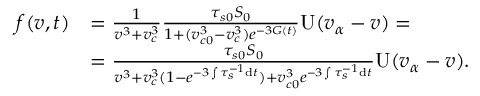
\begin{array} { r l } { f ( v , t ) } & { = \frac { 1 } { v ^ { 3 } + v _ { c } ^ { 3 } } \frac { \tau _ { s 0 } S _ { 0 } } { 1 + ( v _ { c 0 } ^ { 3 } - v _ { c } ^ { 3 } ) e ^ { - 3 G ( t ) } } \mathrm { U } ( v _ { \alpha } - v ) = } \\ & { = \frac { \tau _ { s 0 } S _ { 0 } } { v ^ { 3 } + v _ { c } ^ { 3 } ( 1 - e ^ { - 3 \int \tau _ { s } ^ { - 1 } \mathrm { d } t } ) + v _ { c 0 } ^ { 3 } e ^ { - 3 \int \tau _ { s } ^ { - 1 } \mathrm { d } t } } \mathrm { U } ( v _ { \alpha } - v ) . } \end{array}